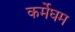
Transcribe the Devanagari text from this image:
कर्मेघम